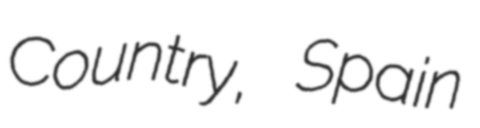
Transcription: Country, Spain